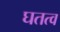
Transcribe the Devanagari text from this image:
घतत्व